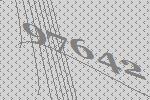
97642